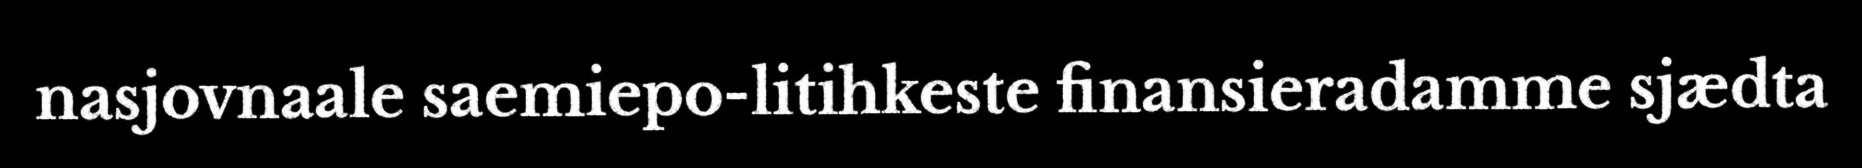
nasjovnaale saemiepo-litihkeste finansieradamme sjædta